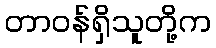
တာဝန်ရှိသူတို့က